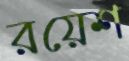
রয়েশ